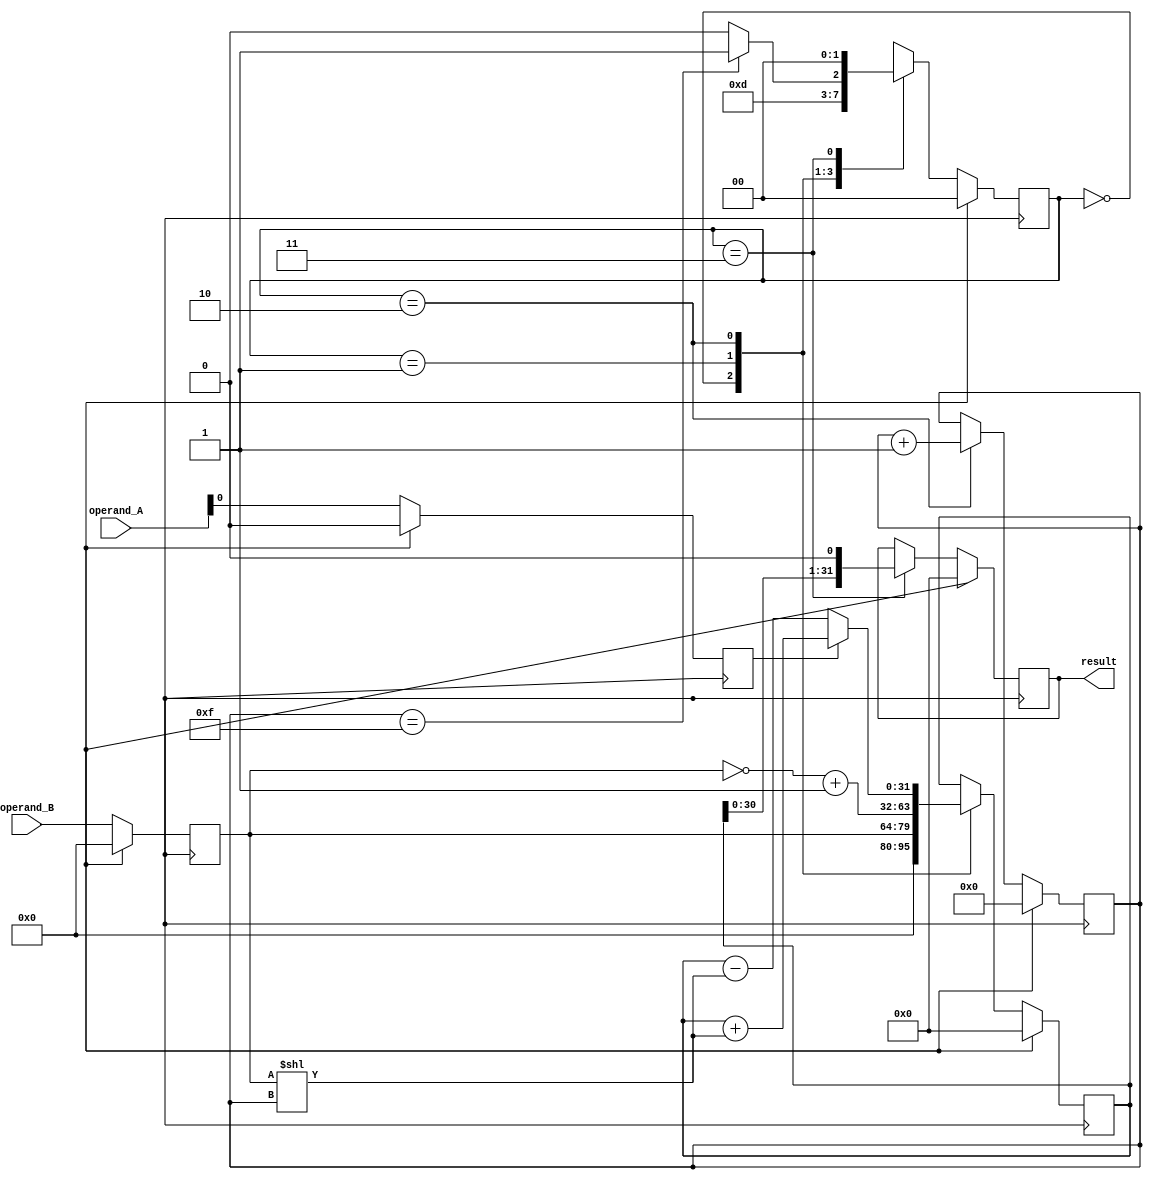
module booth_multiplier (
    input [15:0] operand_A,
    input [15:0] operand_B,
    output reg [31:0] result
);

reg [15:0] multiplier_reg;
reg [15:0] multiplicand_reg;
reg [31:0] partial_product_reg;
reg [4:0] shift_counter;
reg [1:0] control_signal;

always @ (posedge clk) begin
    if (reset) begin
        multiplier_reg <= 16'h0;
        multiplicand_reg <= 16'h0;
        partial_product_reg <= 32'h0;
        shift_counter <= 5'b0;
        control_signal <= 2'b0;
        result <= 32'h0;
    end else begin
        multiplier_reg <= operand_A;
        multiplicand_reg <= operand_B;
        
        case (control_signal)
            2'b00: begin
                // Perform sign extension for positive multiplier
                partial_product_reg <= {16'b0, multiplicand_reg};
                control_signal <= 2'b01;
            end
            
            2'b01: begin
                // Perform sign extension for negative multiplier
                partial_product_reg <= {16'b1, ~multiplicand_reg + 1};
                control_signal <= 2'b10;
            end
            
            2'b10: begin
                // Perform Booth algorithm for negative multipliers
                if (multiplier_reg[0] == 1) begin
                    partial_product_reg <= partial_product_reg + (multiplicand_reg << shift_counter);
                end else begin
                    partial_product_reg <= partial_product_reg - (multiplicand_reg << shift_counter);
                end
                
                shift_counter <= shift_counter + 1;
                control_signal <= 2'b10;
                
                if (shift_counter == 15) begin
                    control_signal <= 2'b11;
                end
            end
            
            2'b11: begin
                // Normalize the result and store it in the accumulator
                result <= partial_product_reg << 1;
                control_signal <= 2'b00;
            end
        endcase
    end
end

endmodule